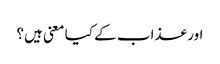
اور عذاب کے کیا معنی ہیں؟